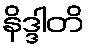
နိဒ္ဒါတိ